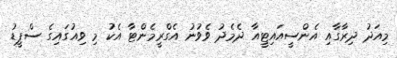
މިއަދު ދިރާގާއި އެންސީއައިޓީއާ ދެމެދު ވެވުނު އެގްރީމެންޓާ އެކު މި ވިއުގައިގެ ސްޕީޑު